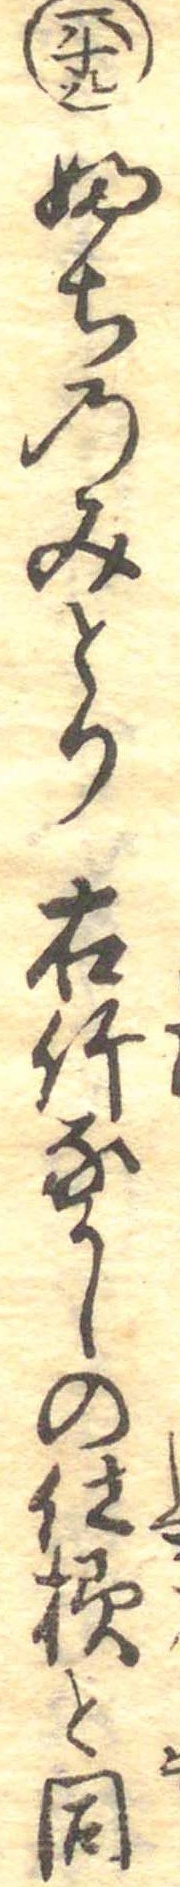
六十九ふちのみとり右竹なかしの仕様と同